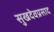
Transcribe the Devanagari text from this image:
सुखदेवप्रसाद